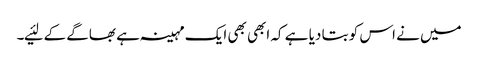
میں نے اس کو بتا دیا ہے کہ ابھی بھی ایک مہینہ ہے بھاگے کے لئیے۔